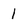
Character: I